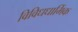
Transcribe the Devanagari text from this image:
विविधधार्मिक